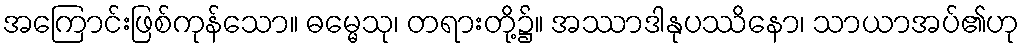
အကြောင်းဖြစ်ကုန်သော။ ဓမ္မေသု၊ တရားတို့၌။ အဿာဒါနုပဿိနော၊ သာယာအပ်၏ဟု